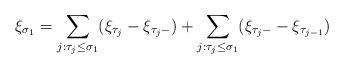
LaTeX: \begin{align*}\xi_{\sigma_1}= \sum_{j:\tau_j\leq \sigma_1} (\xi_{\tau_j}-\xi_{\tau_{j}-})+\sum_{j:\tau_j\leq \sigma_1} (\xi_{\tau_j-}- \xi_{\tau_{j-1}})\end{align*}